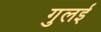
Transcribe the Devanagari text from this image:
गुलई